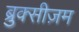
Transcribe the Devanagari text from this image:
ब्रुक्सीज़म